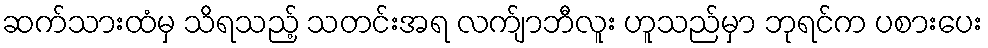
ဆက်သားထံမှ သိရသည့် သတင်းအရ လက်ျာဘီလူး ဟူသည်မှာ ဘုရင်က ပစားပေး